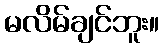
မလိမ်ချင်ဘူး။